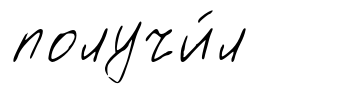
получи́л